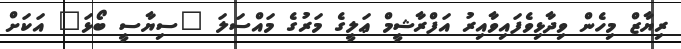
ރިޔާޒް މިހެން ވިދާޅިވެފައިވާއިރު އަފްރާޝީމް ޢަލީގެ މަރުގެ މައްސަލަ "ސިޔާސީ ބޯޅަ" އަކަށް